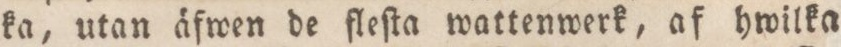
ka, utan äfwen de fleſta wattenwerk, af hwilka